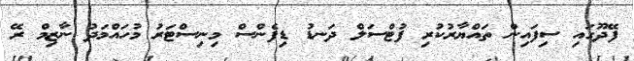
ފޭދޫގައި ސިފައިން ތައްޔާރުކުރި ފުޓްސަލް ދަނޑު ޑިފެންސް މިނިސްޓަރު މުހައްމަދު ނާޒިމް ރޭ